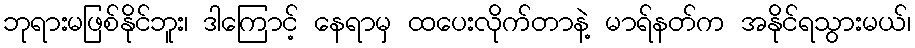
ဘုရားမဖြစ်နိုင်ဘူး၊ ဒါကြောင့် နေရာမှ ထပေးလိုက်တာနဲ့ မာရ်နတ်က အနိုင်ရသွားမယ်၊